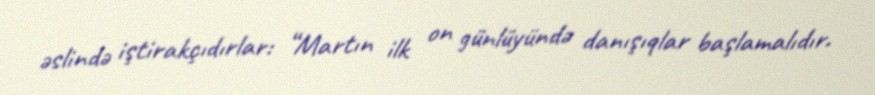
əslində iştirakçıdırlar: “Martın ilk on günlüyündə danışıqlar başlamalıdır.